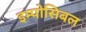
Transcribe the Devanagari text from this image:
इम्पोसिबल